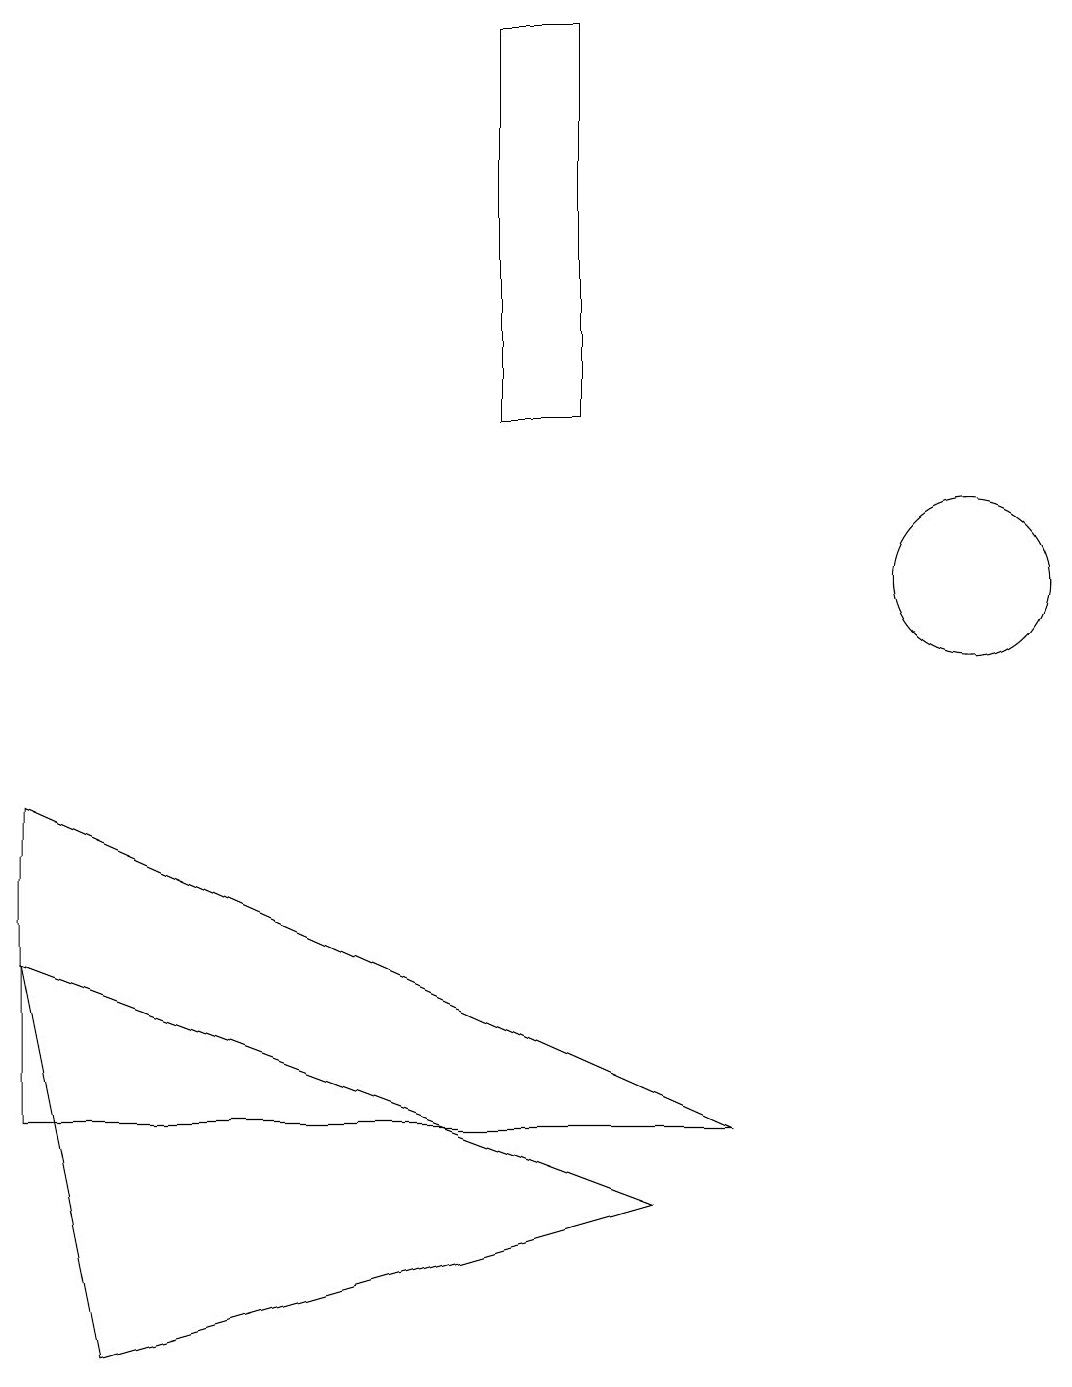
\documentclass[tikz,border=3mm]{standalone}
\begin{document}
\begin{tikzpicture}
\draw (12,10) circle (1);
\draw (7,12) rectangle (6,17);
\draw (0,3) -- (0,7) -- (9,3) -- cycle;
\draw (1,0) -- (8,2) -- (0,5) -- cycle;
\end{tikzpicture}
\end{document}